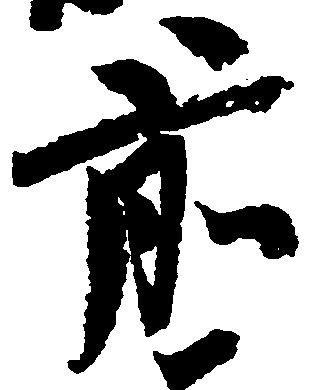
前